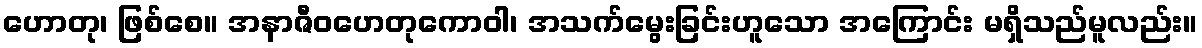
ဟောတု၊ ဖြစ်စေ။ အနာဇီဝဟေတုကောဝါ၊ အသက်မွေးခြင်းဟူသော အကြောင်း မရှိသည်မူလည်း။